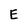
Character: E